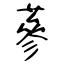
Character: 蔘